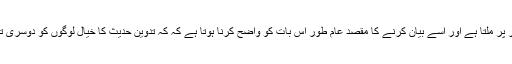
صحابہ کرام کے زمانے میں مرتب کردہ احادیث کے مجموعوں کا ذکر تاریخی طور پر ملتا ہے اور اسے بیان کرنے کا مقصد عام طور اس بات کو واضح کرنا ہوتا ہے کہ کہ تدوین حدیث کا خیال لوگوں کو دوسری تیسری صدی میں نہیں آیا بلکہ تدوین حدیث کا سلسلہ صحابہ کے دور سے جاری ہے۔